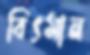
বিৎমান